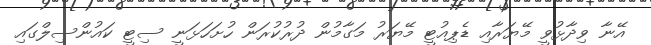
އޭނާ ވިދާޅުވީ މޭޔަރާއި ޑެޕިއުޓީ މޭޔަރު މަގާމުން ދުރުކުރަން ހުށަހަޅަނީ ސިޓީ ކައުންސިލްގައި